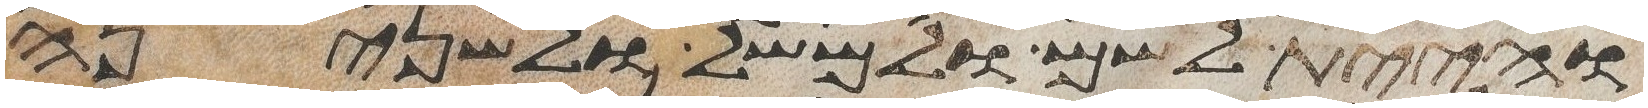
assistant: והיית לשם ולמשל ולשנינה